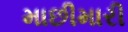
માછીમારી